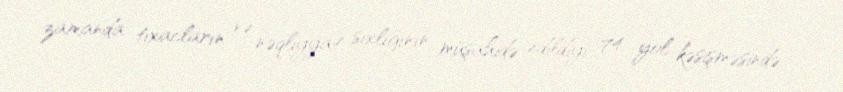
zamanda tıxacların və nəqliyyat sıxlığının müşahidə edildiyi 74 yol kəsişməsində